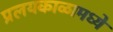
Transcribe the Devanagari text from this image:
प्रलयकाळामध्ये